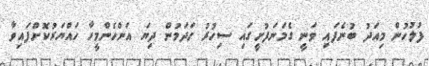
ފުލުހުން މިއަދު ބުނެފައި ވަނީ ގެމަނަފުށީގައި ސިހުރު ހަދަމުން ދިޔަ އަންހެންމީހާ ހައްޔަރުކޮށްފައިވާ